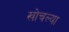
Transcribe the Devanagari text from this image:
खोचल्या